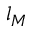
l _ { M }